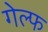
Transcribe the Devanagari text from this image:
गेल्फ